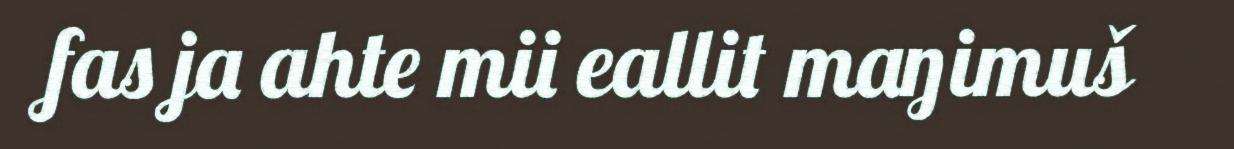
fas ja ahte mii eallit maŋimuš